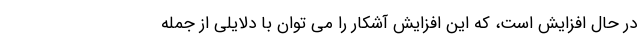
در حال افزایش است، که این افزایش آشکار را می توان با دلایلی از جمله